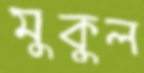
মুকুল